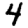
Digit: 4